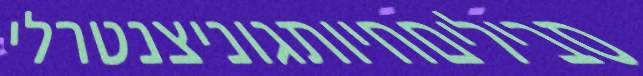
סביליםחיותגוניצנטרלי